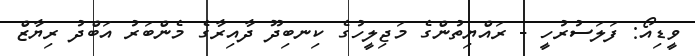
ވީޑިއޯ: ފަލަސުރުހީ - ރައްޔިތުންގެ މަޖިލީހުގެ ކިނބިދޫ ދާއިރާގެ މެންބަރު އަބްދު ރިޔާޒް